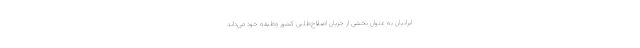
ایرانیان به عنوان بخشی از جریان اصلاح‌طلبی کشور وظیفه خود می‌داند